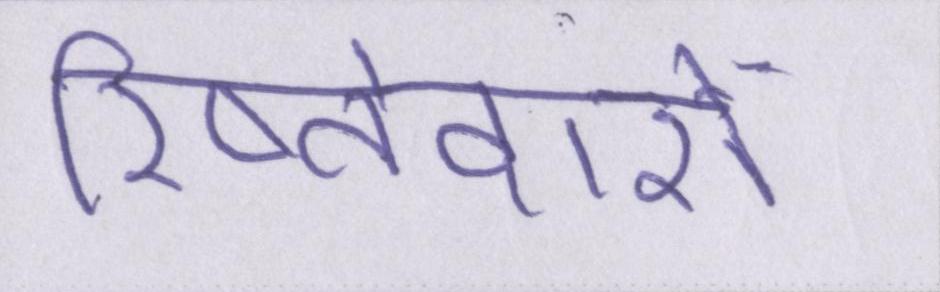
रिष्तेदारों